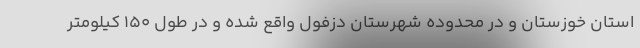
استان خوزستان و در محدوده شهرستان دزفول واقع شده و در طول ۱۵۰ کیلومتر